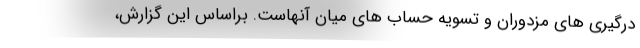
درگیری های مزدوران و تسویه حساب های میان آنهاست. براساس این گزارش،